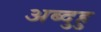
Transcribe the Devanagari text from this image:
अब्दुहु